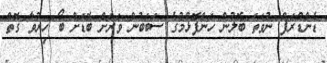
ޑެންޑްރަފް ނުވަތަ ބޮލުން ހަންފޮޅުމުގެ ސަބަބުން ވަރަށް ބޮޑަށް ބޯ ހިރުވާ ގޮތް